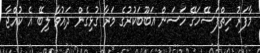
މާފަރު ހިތްފަސޭހަގޭ ހަސަން އަބޫބަކުރުގެ މަރާ ގުޅިގެން ދައުވާ ލިބޭ އެ ކުއްޖާ